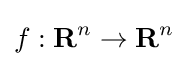
f:\mathbf {R} ^{n}\to \mathbf {R} ^{n}